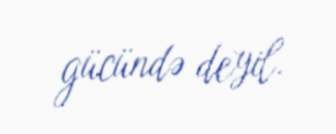
gücündə deyil.